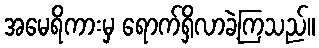
အမေရိကားမှ ရောက်ရှိလာခဲ့ကြသည်။